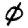
Digit: 0